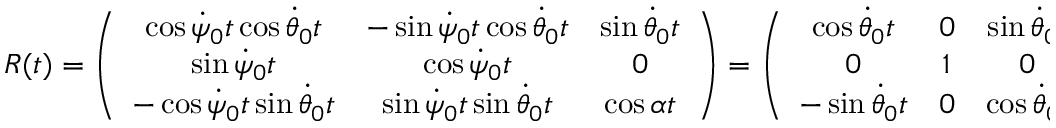
\begin{array} { r } { R ( t ) = \left( \begin{array} { c c c } { \cos \dot { \psi } _ { 0 } t \cos \dot { \theta } _ { 0 } t } & { - \sin \dot { \psi } _ { 0 } t \cos \dot { \theta } _ { 0 } t } & { \sin \dot { \theta } _ { 0 } t } \\ { \sin \dot { \psi } _ { 0 } t } & { \cos \dot { \psi } _ { 0 } t } & { 0 } \\ { - \cos \dot { \psi } _ { 0 } t \sin \dot { \theta } _ { 0 } t } & { \sin \dot { \psi } _ { 0 } t \sin \dot { \theta } _ { 0 } t } & { \cos \alpha t } \end{array} \right) = \left( \begin{array} { c c c } { \cos \dot { \theta } _ { 0 } t } & { 0 } & { \sin \dot { \theta } _ { 0 } t } \\ { 0 } & { 1 } & { 0 } \\ { - \sin \dot { \theta } _ { 0 } t } & { 0 } & { \cos \dot { \theta } _ { 0 } t } \end{array} \right) \times \left( \begin{array} { c c c } { \cos \dot { \psi } _ { 0 } t } & { - \sin \dot { \psi } _ { 0 } t } & { 0 } \\ { \sin \dot { \psi } _ { 0 } t } & { \cos \dot { \psi } _ { 0 } t } & { 0 } \\ { 0 } & { 0 } & { 1 } \end{array} \right) } \end{array}